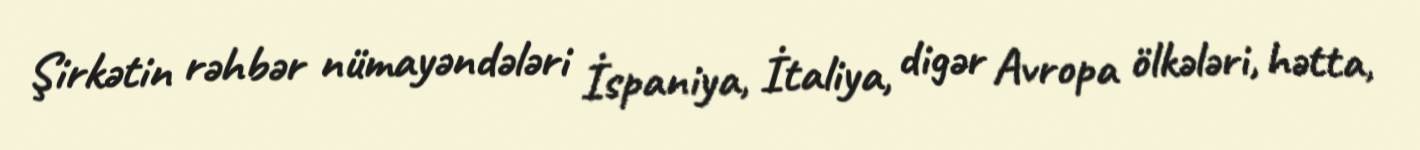
Şirkətin rəhbər nümayəndələri İspaniya, İtaliya, digər Avropa ölkələri, hətta,